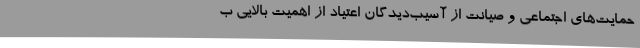
حمایت‌های اجتماعی و صیانت از آسیب‌دیدگان اعتیاد از اهمیت بالایی ب